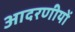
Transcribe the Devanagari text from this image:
आदरणीयों